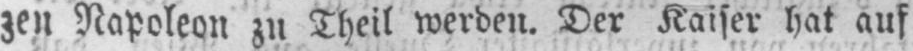
zen Napoleon zu Theil werden. Der Kaiser hat auf